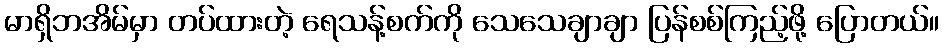
မာရှိဘအိမ်မှာ တပ်ထားတဲ့ ရေသန့်စက်ကို သေသေချာချာ ပြန်စစ်ကြည့်ဖို့ ပြောတယ်။